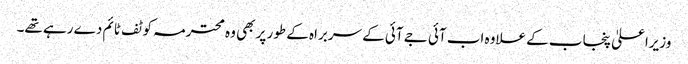
وزیراعلیٰ پنجاب کے علاوہ اب آئی جے آئی کے سربراہ کے طور پر بھی وہ محترمہ کو ٹف ٹائم دے رہے تھے۔